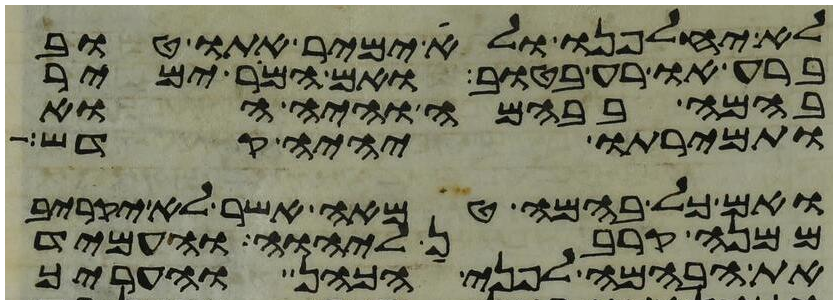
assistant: לא יחלפנו ולא ימיר אתו טוב
ברע או רע בטוב ואם המר ימיר
בהמה בבהמה והיה הוא
ותמירתו יהיה קדש
ואם כל בהמה טמאה אשר לא יקריב
ממנה קרבן ליהוה והעמיד
את הבהמה לפני הכהן והעריך